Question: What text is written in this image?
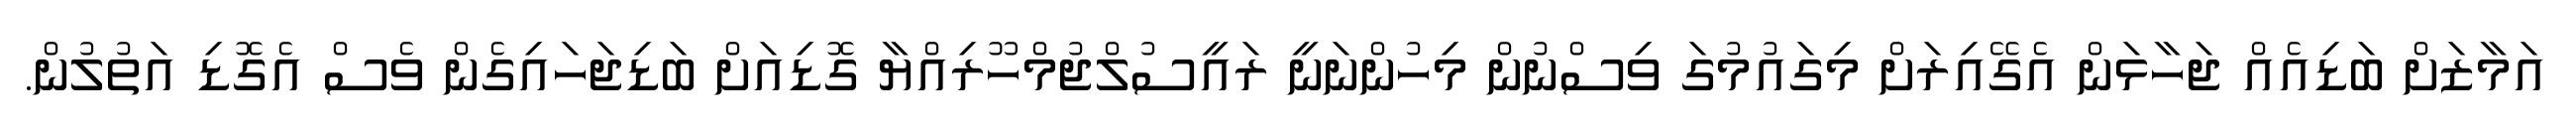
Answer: އަމާޒަށް ބަޑިއެއް ޖަހާޅަން އެގޭއިރަށް މިގައުމުގަ ވިސްނުން މިހުންނަނީ ރައީސުލްޖުމްހޫރިއްޔާ ގޮޑިއަށް ބަޑިޖަހައިގެން ވެސް އެގޮޑި އަތުލުން.